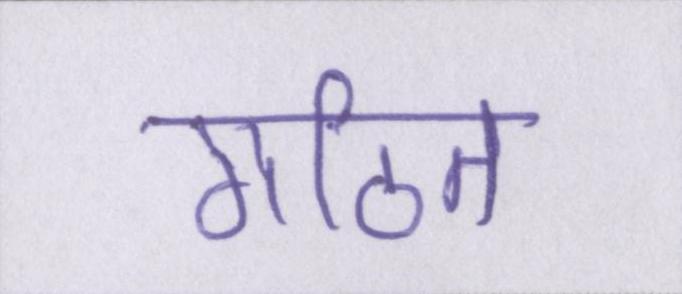
गठित